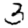
Digit: 3